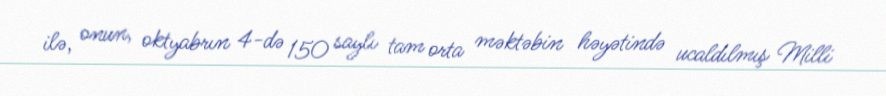
ilə, onun, oktyabrın 4-də 150 saylı tam orta məktəbin həyətində ucaldılmış Milli